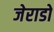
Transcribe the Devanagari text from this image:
जेराडो